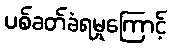
ပစ်ခတ်ခံရမှုကြောင့်